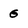
Character: G